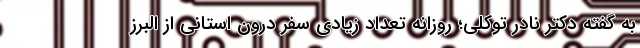
به گفته دکتر نادر توکلی؛ روزانه تعداد زیادی سفر درون استانی از البرز